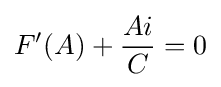
F'(A)+{\frac {Ai}{C}}=0